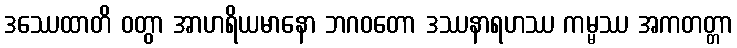
ဒဿေထာတိ ဝတွာ အာဟရိယမာနော ဘဂဝတော ဒဿနာရဟဿ ကမ္မဿ အကတတ္တာ